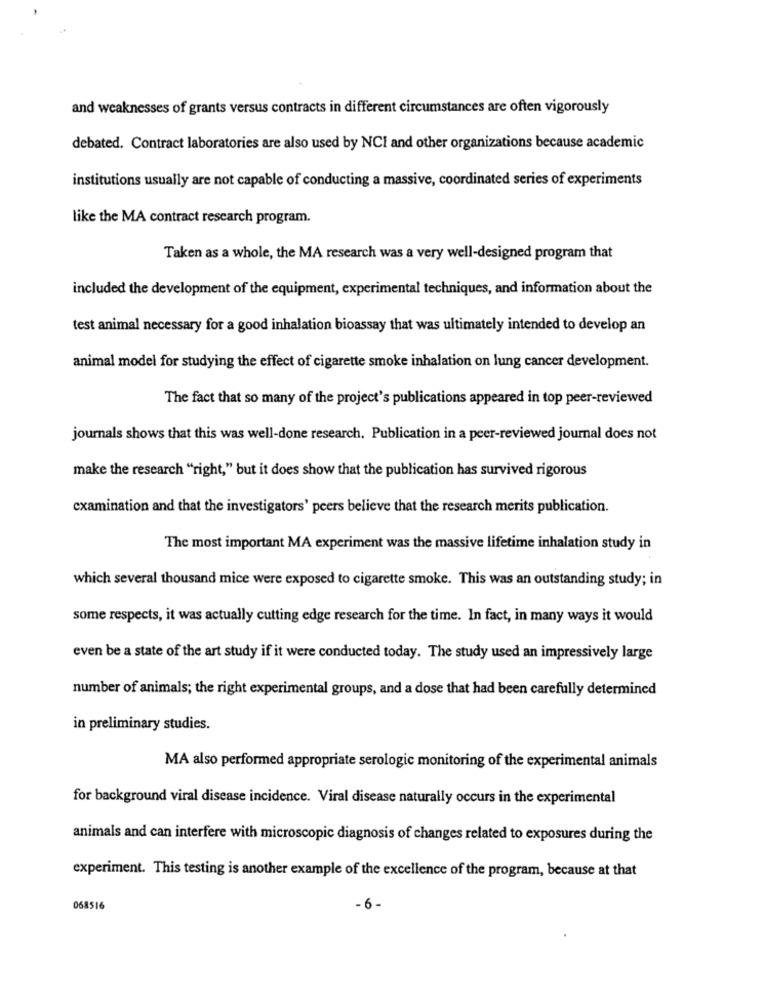
and weaknesses of grants versus contracts in different circumstances are often vigorously
debated. Contract laboratories are also used by NCI and other organizations because academic
institutions usually are not capable of conducting a massive, coordinated series of experiments
like the MA contract research program.
Taken as a whole, the MA research was a very well-designed program that
included the development of the equipment, experimental techniques, and information about the
test animal necessary for a good inhalation bioassay that was ultimately intended to develop an
animal model for studying the effect of cigarette smoke inhalation on lung cancer development.
The fact that so many of the project's publications appeared in top peer-reviewed
journals shows that this was well-done research. Publication in a peer-reviewed journal does not
make the research "right," but it does show that the publication has survived rigorous
examination and that the investigators' peers believe that the research merits publication.
The most important MA experiment was the massive lifetime inhalation study in
which several thousand mice were exposed to cigarette smoke. This was an outstanding study; in
some respects, it was actually cutting edge research for the time. In fact, in many ways it would
even be a state of the art study if it were conducted today. The study used an impressively large
number of animals; the right experimental groups, and a dose that had been carefully determined
in preliminary studies.
MA also performed appropriate serologic monitoring of the experimental animals
for background viral disease incidence. Viral disease naturally occurs in the experimental
animals and can interfere with microscopic diagnosis of changes related to exposures during the
experiment. This testing is another example of the excellence of the program, because at that
068516
- 6-